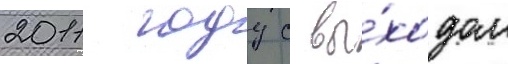
2011 году с вы́ходом